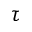
\tau